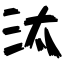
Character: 汰